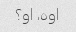
اوه، او؟